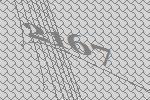
2167